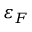
\varepsilon _ { F }